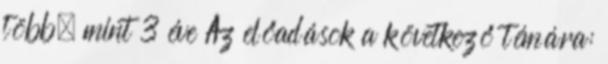
több, mint 3 éve Az előadások a következő témára: